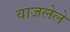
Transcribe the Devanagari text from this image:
वाजलेले